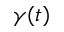
\gamma ( t )